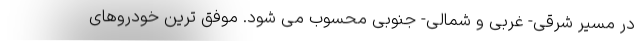
در مسیر شرقی- غربی و شمالی- جنوبی محسوب می شود. موفق ترین خودروهای